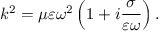
k ^ { 2 } = \mu \varepsilon \omega ^ { 2 } \left( 1 + i \frac { \sigma } { \varepsilon \omega } \right) .